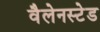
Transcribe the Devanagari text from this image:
वैलेनस्टेड